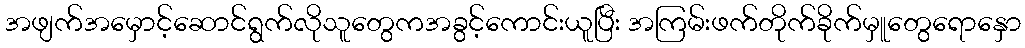
အဖျက်အမှောင့်ဆောင်ရွက်လိုသူတွေကအခွင့်ကောင်းယူပြီး အကြမ်းဖက်တိုက်ခိုက်မှူတွေရောနှော